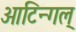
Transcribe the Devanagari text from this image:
आटिन्गल्